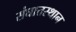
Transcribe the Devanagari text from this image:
संघातस्थान